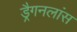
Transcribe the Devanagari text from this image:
ड्रैगनलांस